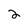
Character: 2